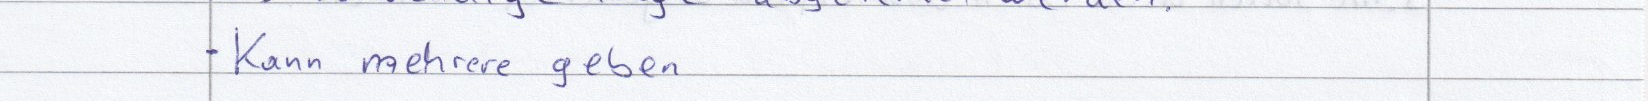
- Kann mehrere geben